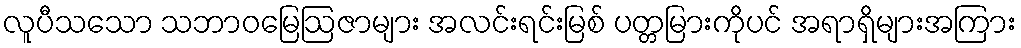
လူပီသသော သဘာဝမြေဩဇာများ အလင်းရင်းမြစ် ပတ္တမြားကိုပင် အရာရှိများအကြား